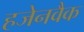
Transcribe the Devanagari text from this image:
हजेनवैक